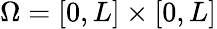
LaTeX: \Omega=[0,L]\times[0,L]